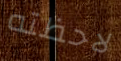
لاحظته